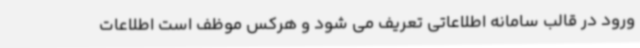
ورود در قالب سامانه اطلاعاتی تعریف می شود و هرکس موظف است اطلاعات